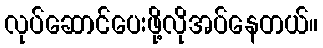
လုပ်ဆောင်ပေးဖို့လိုအပ်နေတယ်။